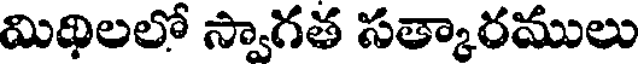
మిథిలలో స్వాగత సత్కారములు